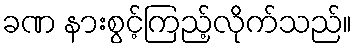
ခဏ နားစွင့်ကြည့်လိုက်သည်။